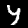
Digit: 4